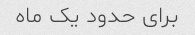
برای حدود یک ماه